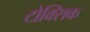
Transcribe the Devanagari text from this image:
टोक्सिक